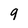
Character: 9